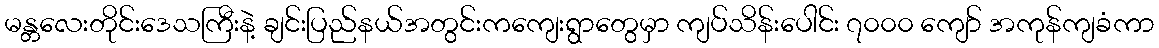
မန္တလေးတိုင်းဒေသကြီးနဲ့ ချင်းပြည်နယ်အတွင်းကကျေးရွာတွေမှာ ကျပ်သိန်းပေါင်း ၇၀၀၀ ကျော် အကုန်ကျခံကာ